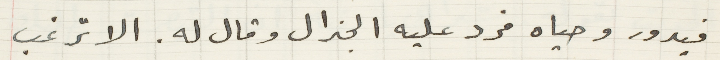
فيدور وحياه فرد عليه الجنرال وقال له. الا ترغب